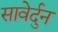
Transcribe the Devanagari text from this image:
सावेर्दुन